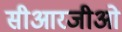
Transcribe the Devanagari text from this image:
सीआरजीओ